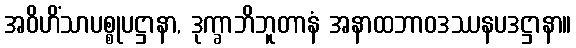
အဝိဟိံသာပစ္စုပဋ္ဌာနာ, ဒုက္ခာဘိဘူတာနံ အနာထဘာဝဒဿနပဒဋ္ဌာနာ။